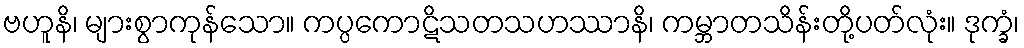
ဗဟူနိ၊ များစွာကုန်သော။ ကပ္ပကောဋိသတသဟဿာနိ၊ ကမ္ဘာတသိန်းတို့ပတ်လုံး။ ဒုက္ခံ၊